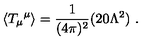
\langle { T _ { \mu } } ^ { \mu } \rangle = \frac { 1 } { ( 4 \pi ) ^ { 2 } } ( 2 0 \Lambda ^ { 2 } ) \ .